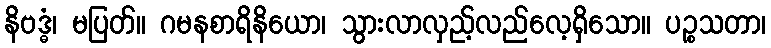
နိဗဒ္ဓံ၊ မပြတ်။ ဂမနစာရိနိယော၊ သွားလာလှည့်လည်လေ့ရှိသော။ ပဉ္စသတာ၊